Indian journal of veterinary science and animal husbandry - Volume 13,
Year: 1943
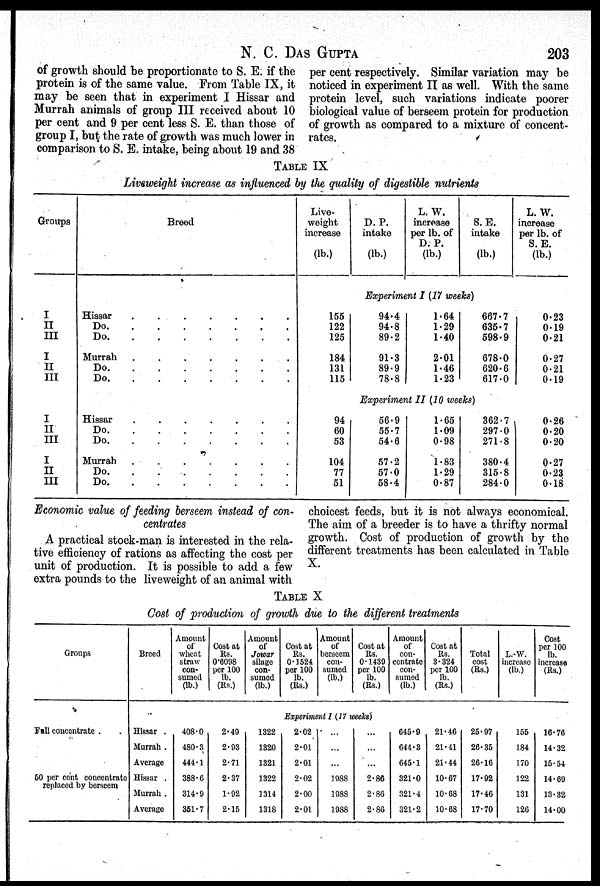
N. C. DAS GUPTA 203
of growth should be proportionate to S. E. if the
protein is of the same value. From Table IX, it
may be seen that in experiment I Hissar and
Murrah animals of group III received about 10
per cent and 9 per cent less S. E. than those of
group I, but the rate of growth was much lower in
comparison to S. E. intake, being about 19 and 38
per cent respectively. Similar variation may be
noticed in experiment II as well. With the same
protein level, such variations indicate poorer
biological value of berseem protein for production
of growth as compared to a mixture of concent-
rates.
TABLE IX
Liveweight increase as influenced by the quality of digestible nutrients
Groups
I
II
III
I
II
III
I
II
III
I
II
III
Breed
Hissar
.
.
.
.
.
.
.
Do
.
.
.
.
.
.
.
Do
.
.
.
.
.
.
.
Murrah
.
.
.
.
.
.
.
Do.
.
.
.
.
.
.
.
Do.
.
.
.
.
.
.
.
Hissar
.
.
.
.
.
.
.
Do.
.
.
.
.
.
.
.
Do.
.
.
.
.
.
.
.
Murrah
.
.
.
.
.
.
.
Do.
.
.
.
.
.
.
.
Do.
.
.
.
.
.
.
.
Live-
weight
increase
(lb.)
155
122
125
184
131
115
94
60
53
104
77
51
D. P.
intake
(lb.)
L. W.
increase
per lb. of
D. P.
(lb.)
S. E.
intake
(lb.)
Experiment I (17 weeks)
94.4
94.8
89.2
91.3
89.9
78.8
1.64
1.29
1.40
2.01
1.46
1.23
667.7
635.7
598.9
678.0
620.6
617.0
Experiment II (10 weeks)
56.9
55.7
54.6
57.2
57.0
58.4
1.65
1.09
0.98
1.83
1.29
0.87
362.7
297.0
271.8
380.4
315.8
284.0
L. W.
increase
per lb. of
S. E.
(lb.)
0.23
0.19
0.21
0.27
0.21
0.19
0.26
0.20
0.20
0.27
0.23
0.18
Economic value of feeding berseem instead of con-
centrates
A practical stock-man is interested in the rela-
tive efficiency of rations as affecting the cost per
unit of production. It is possible to add a few
extra pounds to the liveweight of an animal with
choicest feeds, but it is not always economical.
The aim of a breeder is to have a thrifty normal
growth. Cost of production of growth by the
different treatments has been calculated in Table
X.
TABLE X
Cost of production of growth due to the different treatments
Groups
Fall concentrate
50 per cent concentrate
replaced by berseem
Breed
Hissar .
Murrah .
Average
Hissar .
Murrah .
Average
Amount
of
wheat
straw
con-
sumed
(lb.)
408.0
480.3
444.1
388.6
314.9
351.7
Cost at
Rs.
0.6098
per 100
lb.
(Rs.)
2.49
2.93
2.71
2.37
1.92
2.15
Amount
of
Jowar
silage
con-
sumed
(lb.)
1322
1320
1321
1322
1314
1318
Cast at
Rs.
0.1524
per 100
lb.
(Rs.)
Amount
of
berseem
con-
sumed
(lb.)
Cost at
Rs.
0.1439
per 100
lb.
(Rs.)
Experiment I (17 weeks)
2.02
2.01
2.01
2.02
2.00
2.01
...
...
...
1988
1988
1988
...
...
...
2.86
2.86
2.80
Amount
of
con-
centrate
con-
sumed
(lb.)
645.9
644.3
645.1
321.0
321.4
321.2
Cost at
Rs.
3.324
per 100
lb.
(Rs.)
21.46
21.41
21.44
10.67
10.68
10.68
Total
cost
(Rs.)
25.97
26.35
26.16
17.92
17.46
17.70
L.-W.
increase
(lb.)
155
184
170
122
131
126
Cost
per 100
lb.
increase
(Rs.)
16.76
14.32
15.54
14.69
13.32
14.00